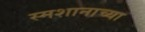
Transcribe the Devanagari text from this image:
स्मशानाच्या